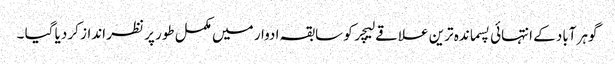
گوہر آباد کے انتہائی پسماندہ ترین علاقے لیچر کو سابقہ ادوار میں مکمل طور پر نظر انداز کر دیا گیا ۔